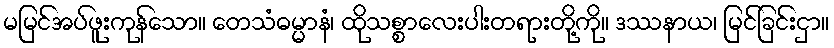
မမြင်အပ်ဖူးကုန်သော။ တေသံဓမ္မာနံ၊ ထိုသစ္စာလေးပါးတရားတို့ကို။ ဒဿနာယ၊ မြင်ခြင်းငှာ။